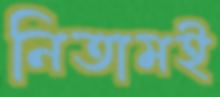
নিতামই